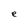
Character: e